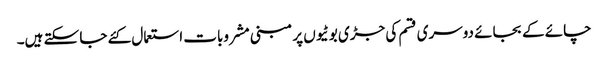
چائے کے بجائے دوسری قسم کی جڑی بوٹیوں پر مبنی مشروبات استعمال کئے جا سکتے ہیں۔